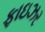
ફાઇઝર